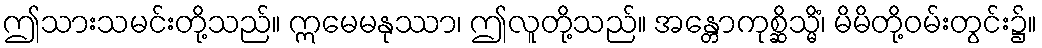
ဤသားသမင်းတို့သည်။ ဣမေမနုဿာ၊ ဤလူတို့သည်။ အန္တောကုစ္ဆိသ္မိံ၊ မိမိတို့ဝမ်းတွင်း၌။